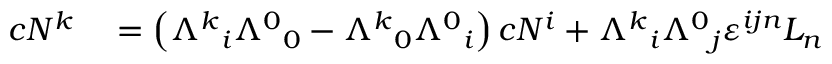
\begin{array} { r l } { c N ^ { k } } & { { } = \left( { \Lambda ^ { k } } _ { i } { \Lambda ^ { 0 } } _ { 0 } - { \Lambda ^ { k } } _ { 0 } { \Lambda ^ { 0 } } _ { i } \right) c N ^ { i } + { \Lambda ^ { k } } _ { i } { \Lambda ^ { 0 } } _ { j } \varepsilon ^ { i j n } L _ { n } } \end{array}